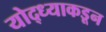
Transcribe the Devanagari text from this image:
योद्ध्याकडून